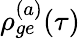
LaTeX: \rho_{ge}^{(a)}(\tau)